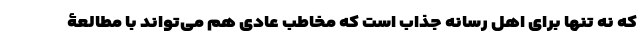
که نه تنها برای اهل رسانه جذاب است که مخاطب عادی هم می‌تواند با مطالعۀ